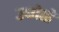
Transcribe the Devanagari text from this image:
उद्योतों